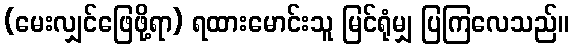
(မေးလျှင်ဖြေဖို့ရာ) ရထားမောင်းသူ မြင်ရုံမျှ ပြကြလေသည်။